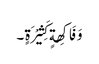
وَ فَاکِھةٍ کَثِیْرَةٍ ۔